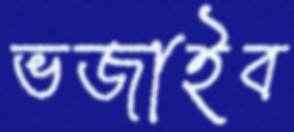
ভজাইব